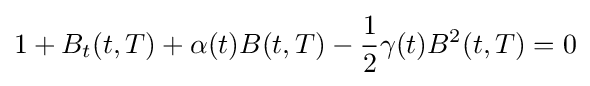
1+B_{t}(t,T)+\alpha (t)B(t,T)-{\frac {1}{2}}\gamma (t)B^{2}(t,T)=0